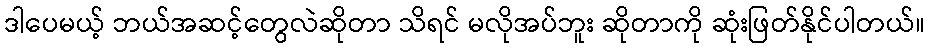
ဒါပေမယ့် ဘယ်အဆင့်တွေလဲဆိုတာ သိရင် မလိုအပ်ဘူး ဆိုတာကို ဆုံးဖြတ်နိုင်ပါတယ်။